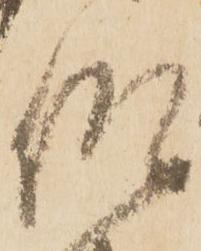
仰